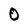
Character: O